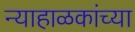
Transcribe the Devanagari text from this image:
न्याहाळकांच्या